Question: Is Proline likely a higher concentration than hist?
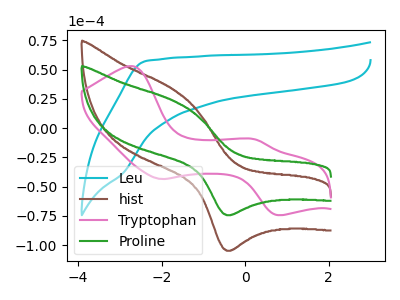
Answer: <think>The cyan curve "Leu" has no peaks. The brown curve "hist" has an anodic peak at (-1.70V, 32.75uA) and a cathodic peak at (-0.40V, -104.80uA). The pink curve "Tryptophan" has anodic peaks at (-2.70V, 52.90uA) (0.25V, -9.60uA) and cathodic peaks at (-2.00V, -43.50uA) (0.80V, -74.30uA). The green curve "Proline" has an anodic peak at (-1.70V, 23.25uA) and a cathodic peak at (-0.40V, -74.40uA).
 All the peaks in "Proline" have a peak in "hist" at the same potential. Every peak in "Proline" is lower than every peak in "hist".</think>
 <answer>"Proline" has less signal than "hist".</answer>
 <eval>less_signal</eval>